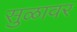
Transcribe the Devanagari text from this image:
सुळावर